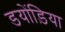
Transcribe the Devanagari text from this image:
डयोंड़िया